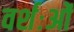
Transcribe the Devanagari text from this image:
वर्शःओं